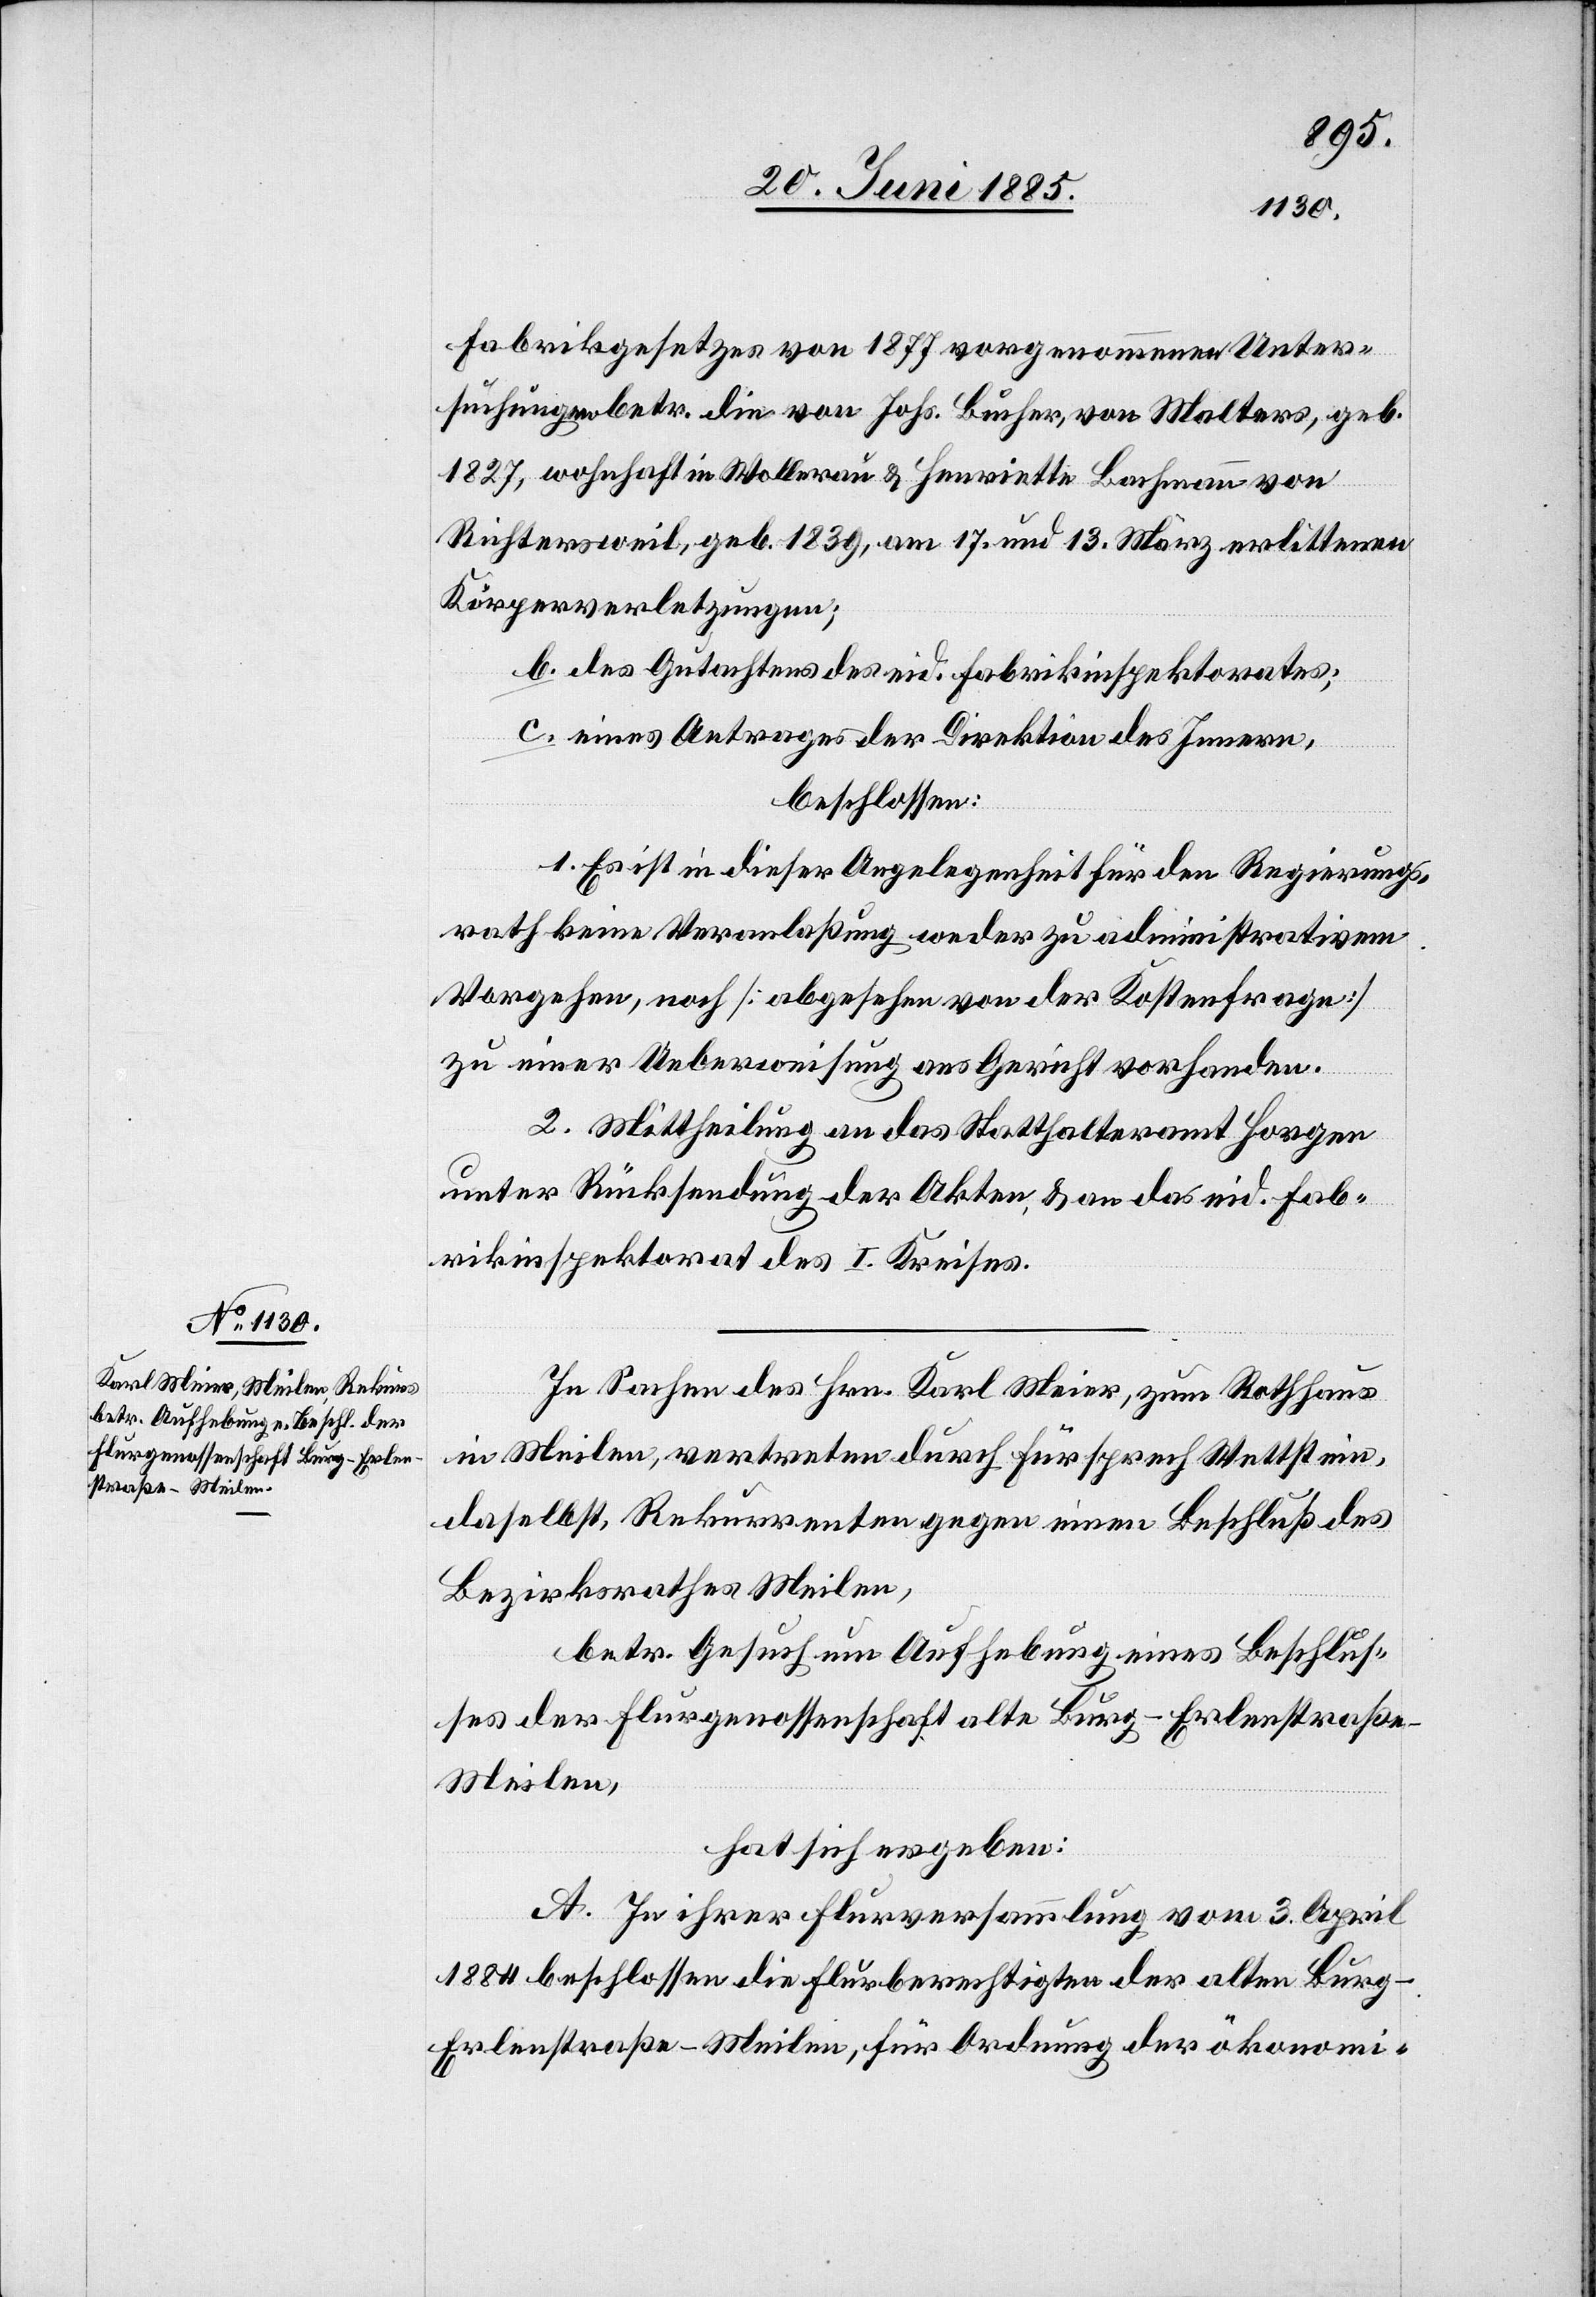
straße–Meilen,

Fabrikgesetzes von 1877 vorgenommenen Unter¬
suchungen betr. die von Johs. Bucher, von Malters, geb.
1827, wohnhaft in Wollerau & Henriette Bachmann von
Richtersweil, geb. 1839, am 17. und 13. März erlittenen
Körperverletzungen;
b. des Gutachtens des eid. Fabrikinspektorates;
c. eines Antrages der Direktion des Innern,
beschlossen:
1. Es ist in dieser Angelegenheit für den Regierungs¬
rath keine Veranlaßung weder zu administrativem
Vorgehen, noch [abgesehen von der Kostenfrage]
zu einer Ueberweisung ans Gericht vorhanden.
2. Mittheilung an das Statthalteramt Horgen
unter Rücksendung der Akten, & an das eid. Fab¬
rikinspektorat des I. Kreises.
In Sachen des Hrn. Karl Meier, zum Rathaus
in Meilen, vertreten durch Fürsprech Wettstein,
daselbst, Rekurrenten gegen einen Beschluß des
Bezirksrathes Meilen,
betr. Gesuch um Aufhebung eines Beschlus¬
ses der Flurgenossenschaft alte Burg–Erlenbach¬
hat sich ergeben:
A. In ihrer Flurversammlung vom 3. April
1884 beschlossen die Flurberechtigten der alten Burg-E¬
rlenstraße-Meilen, für Ordnung der ökonomi-